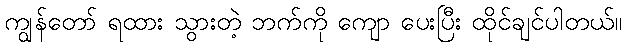
ကျွန်တော် ရထား သွားတဲ့ ဘက်ကို ကျော ပေးပြီး ထိုင်ချင်ပါတယ်။